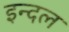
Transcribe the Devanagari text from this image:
इन्दल